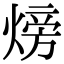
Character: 𪹚